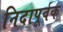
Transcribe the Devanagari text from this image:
निदापूर्वक